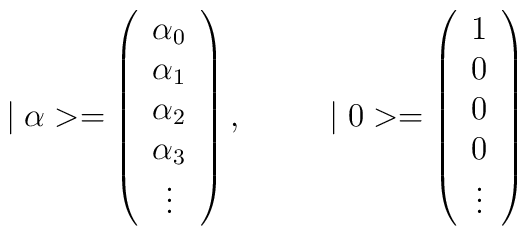
\mid \alpha> = \left(\begin{array}{c}\alpha_{0} \\\alpha_{1} \\\alpha_{2} \\\alpha_{3} \\\vdots\end{array}\right),~~~~~~~\mid 0> = \left(\begin{array}{c}1 \\0 \\0 \\0 \\\vdots\end{array}\right)